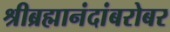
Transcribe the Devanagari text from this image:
श्रीब्रह्मानंदांबरोबर